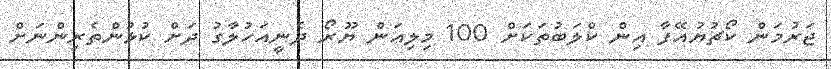
ޖަރުމަން ކޯޗުޔުއޭފާ އިން ކްލަބުތަކަށް 100 މިލިއަން ޔޫރޯ ދެނީއަހުލާގު ދަށް ކުޅުންތެރިންނަށް